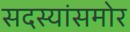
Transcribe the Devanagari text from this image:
सदस्यांसमोर